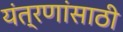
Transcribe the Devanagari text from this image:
यंत्रणांसाठी